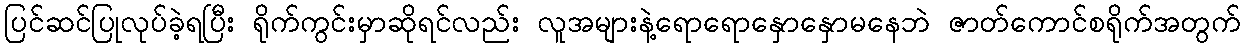
ပြင်ဆင်ပြုလုပ်ခဲ့ရပြီး ရိုက်ကွင်းမှာဆိုရင်လည်း လူအများနဲ့ရောရောနှောနှောမနေဘဲ ဇာတ်ကောင်စရိုက်အတွက်